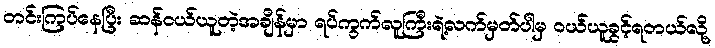
တင်းကြပ်နေပြီး ဆန်ဝယ်ယူတဲ့အချိန်မှာ ရပ်ကွက်လူကြီးရဲ့လက်မှတ်ပါမှ ဝယ်ယူခွင့်ရတယ်လို့